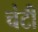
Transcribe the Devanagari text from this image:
चंटी